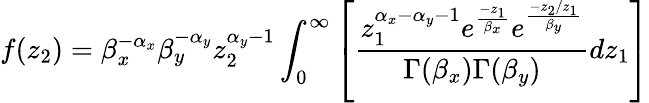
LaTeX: f(z_{2})=\beta_{x}^{-\alpha_{x}}\beta_{y}^{-\alpha_{y}}z_{2}^{\alpha_{y}-1}\int_{0}^{\infty}\left[\frac{z_{1}^{\alpha_{x}-\alpha_{y}-1}e^{\frac{-z_{1}}{\beta_{x}}}e^{\frac{-z_{2}/z_{1}}{\beta_{y}}}}{\Gamma(\beta_{x})\Gamma(\beta_{y})}dz_{1}\right]